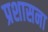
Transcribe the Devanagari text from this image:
प्रशासना